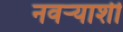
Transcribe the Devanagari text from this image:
नवर्‍याशी